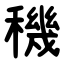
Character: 穖